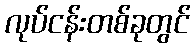
လုပ်ငန်းတစ်ခုတွင်